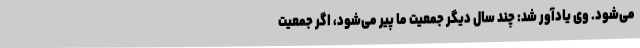
می‌شود. وی یادآور شد: چند سال دیگر جمعیت ما پیر می‌شود، اگر جمعیت